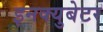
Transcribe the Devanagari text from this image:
इनक्युबेटर